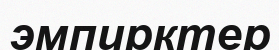
эмпирктер